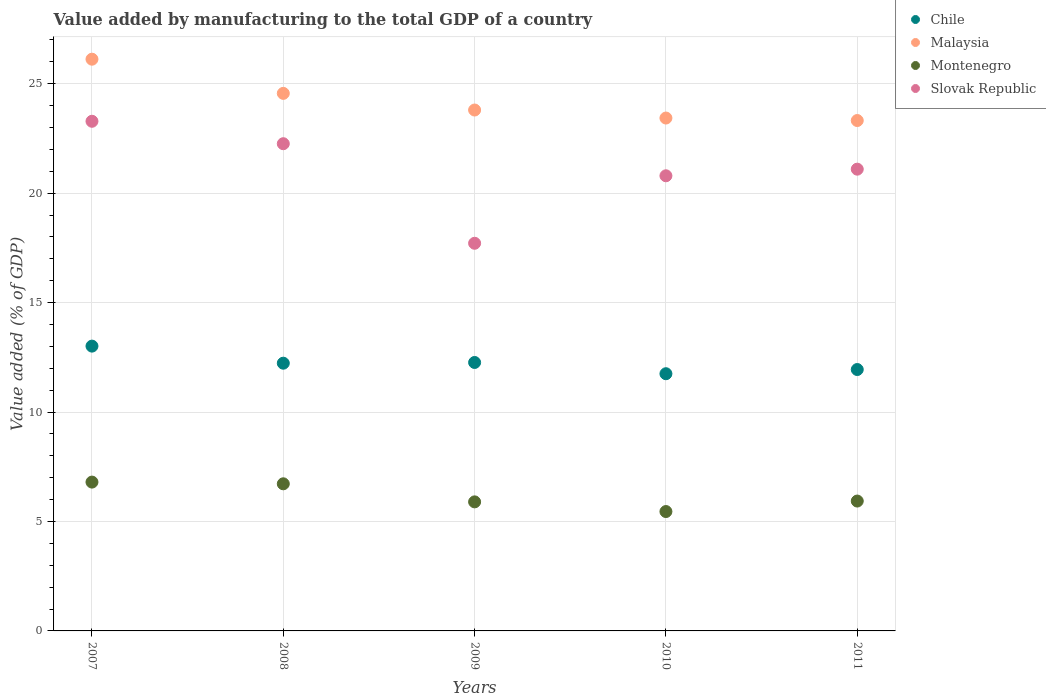
| Years | Chile | Malaysia | Montenegro | Slovak Republic |
 | --- | --- | --- | --- | --- |
 | 2007 | 13 | 26.1 | 6.8 | 23.3 |
 | 2008 | 12.2 | 24.6 | 6.72 | 22.3 |
 | 2009 | 12.3 | 23.8 | 5.9 | 17.7 |
 | 2010 | 11.8 | 23.4 | 5.45 | 20.8 |
 | 2011 | 11.9 | 23.3 | 5.93 | 21.1 |